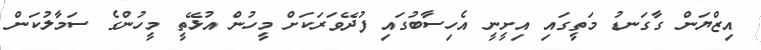
އިޒްޔަން ގާގަނޑު މަތީގައި އިށީނީ އެހިސާބުގައި ފުދޭވަރަކަށް މީހުން އުޅޭތީ މީހުންގެ ސަމާލުކަން